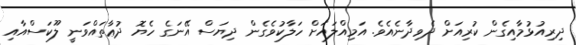
ދިރިއުޅުމާއިގެން ކުރިއަށް ދެވިދާނެއެވެ. އަމިއްލައަށް ހަލާކުވެގެން ދިޔަސް އޭނަގެ ހެޔޮ ދުޢާތައްވަނީ ލޫކަސްއާއި